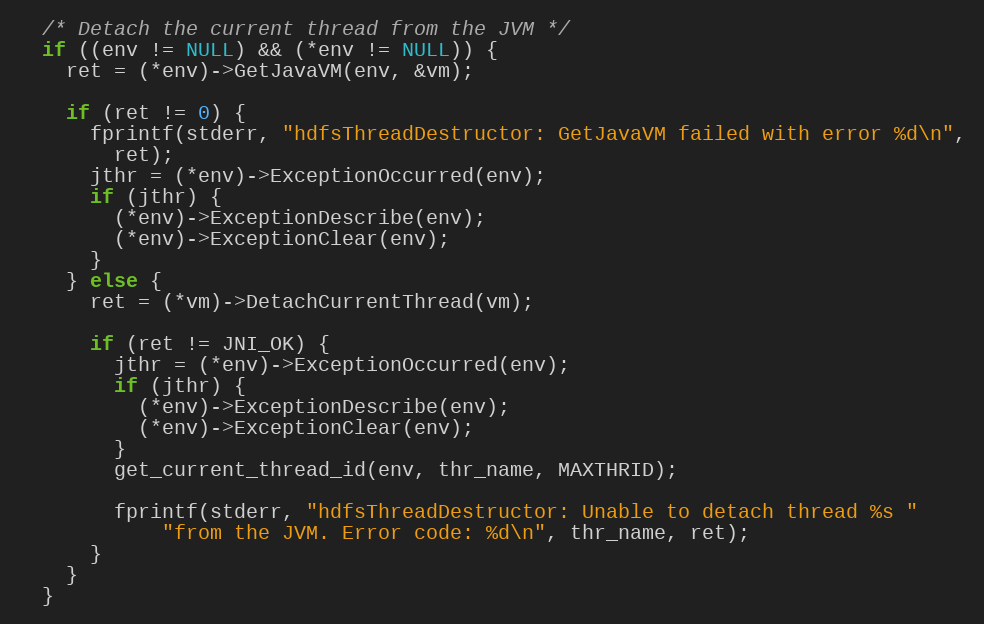
Language: C
  /* Detach the current thread from the JVM */
  if ((env != NULL) && (*env != NULL)) {
    ret = (*env)->GetJavaVM(env, &vm);

    if (ret != 0) {
      fprintf(stderr, "hdfsThreadDestructor: GetJavaVM failed with error %d\n",
        ret);
      jthr = (*env)->ExceptionOccurred(env);
      if (jthr) {
        (*env)->ExceptionDescribe(env);
        (*env)->ExceptionClear(env);
      }
    } else {
      ret = (*vm)->DetachCurrentThread(vm);

      if (ret != JNI_OK) {
        jthr = (*env)->ExceptionOccurred(env);
        if (jthr) {
          (*env)->ExceptionDescribe(env);
          (*env)->ExceptionClear(env);
        }
        get_current_thread_id(env, thr_name, MAXTHRID);

        fprintf(stderr, "hdfsThreadDestructor: Unable to detach thread %s "
            "from the JVM. Error code: %d\n", thr_name, ret);
      }
    }
  }